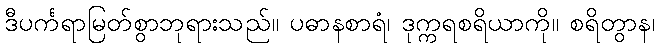
ဒီပင်္ကရာမြတ်စွာဘုရားသည်။ ပဓာနစာရံ၊ ဒုက္ကရစရိယာကို။ စရိတွာန၊